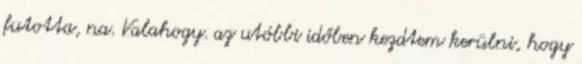
futotta, na. Valahogy. az utóbbi időben kezdtem kerülni, hogy